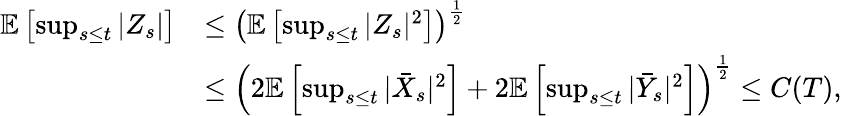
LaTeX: \begin{array}{rl}{\mathbb{E}\left[\operatorname*{sup}_{s\leq t}|Z_{s}|\right]}&{\leq\left(\mathbb{E}\left[\operatorname*{sup}_{s\leq t}|Z_{s}|^{2}\right]\right)^{\frac{1}{2}}}\\ &{\leq\left(2\mathbb{E}\left[\operatorname*{sup}_{s\leq t}|\bar{X}_{s}|^{2}\right]+2\mathbb{E}\left[\operatorname*{sup}_{s\leq t}|\bar{Y}_{s}|^{2}\right]\right)^{\frac{1}{2}}\leq C(T),}\end{array}